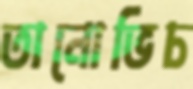
তানোভিচ